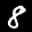
Label: 8